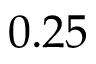
0 . 2 5